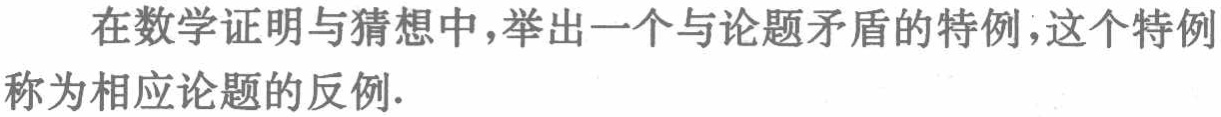
在数学证明与猜想中，举出一个与论题矛盾的特例，这个特例称为相应论题的反例.